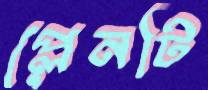
প্লেনটি